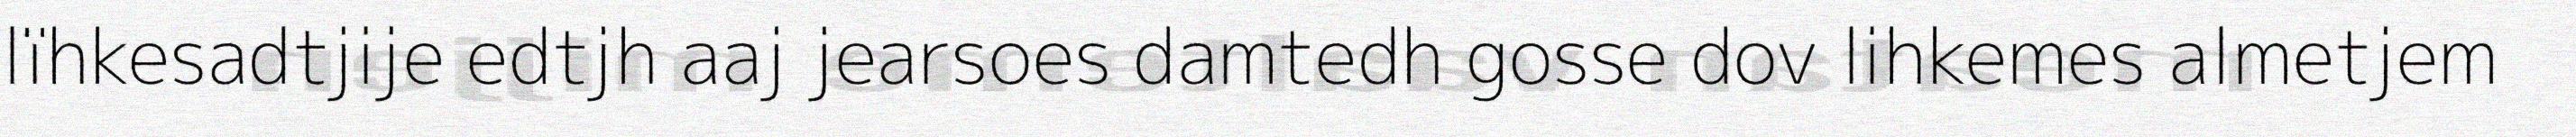
lïhkesadtjije edtjh aaj jearsoes damtedh gosse dov lihkemes almetjem